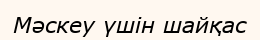
Мәскеу үшін шайқас